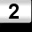
Digit: 2